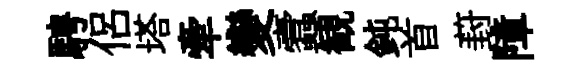
騁侶塔牽變蠧観鈍首葑障